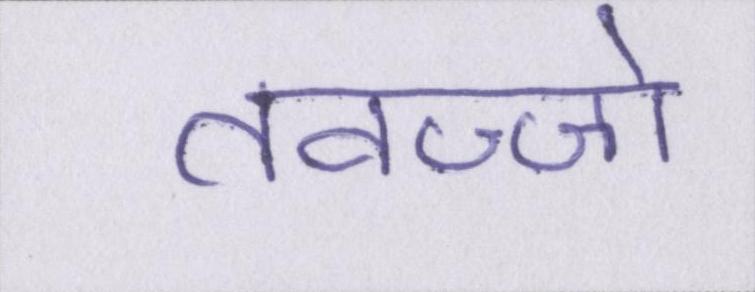
तवज्जो